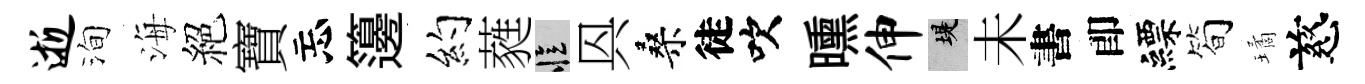
逝洵海絕寶忘籩约蕤忆㒷桑徒吹曛伸堤未書卽縹简璚慈